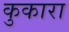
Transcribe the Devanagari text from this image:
कुकारा